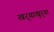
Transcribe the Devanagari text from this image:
खर्‍याखुर्‍या